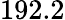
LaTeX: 192.2